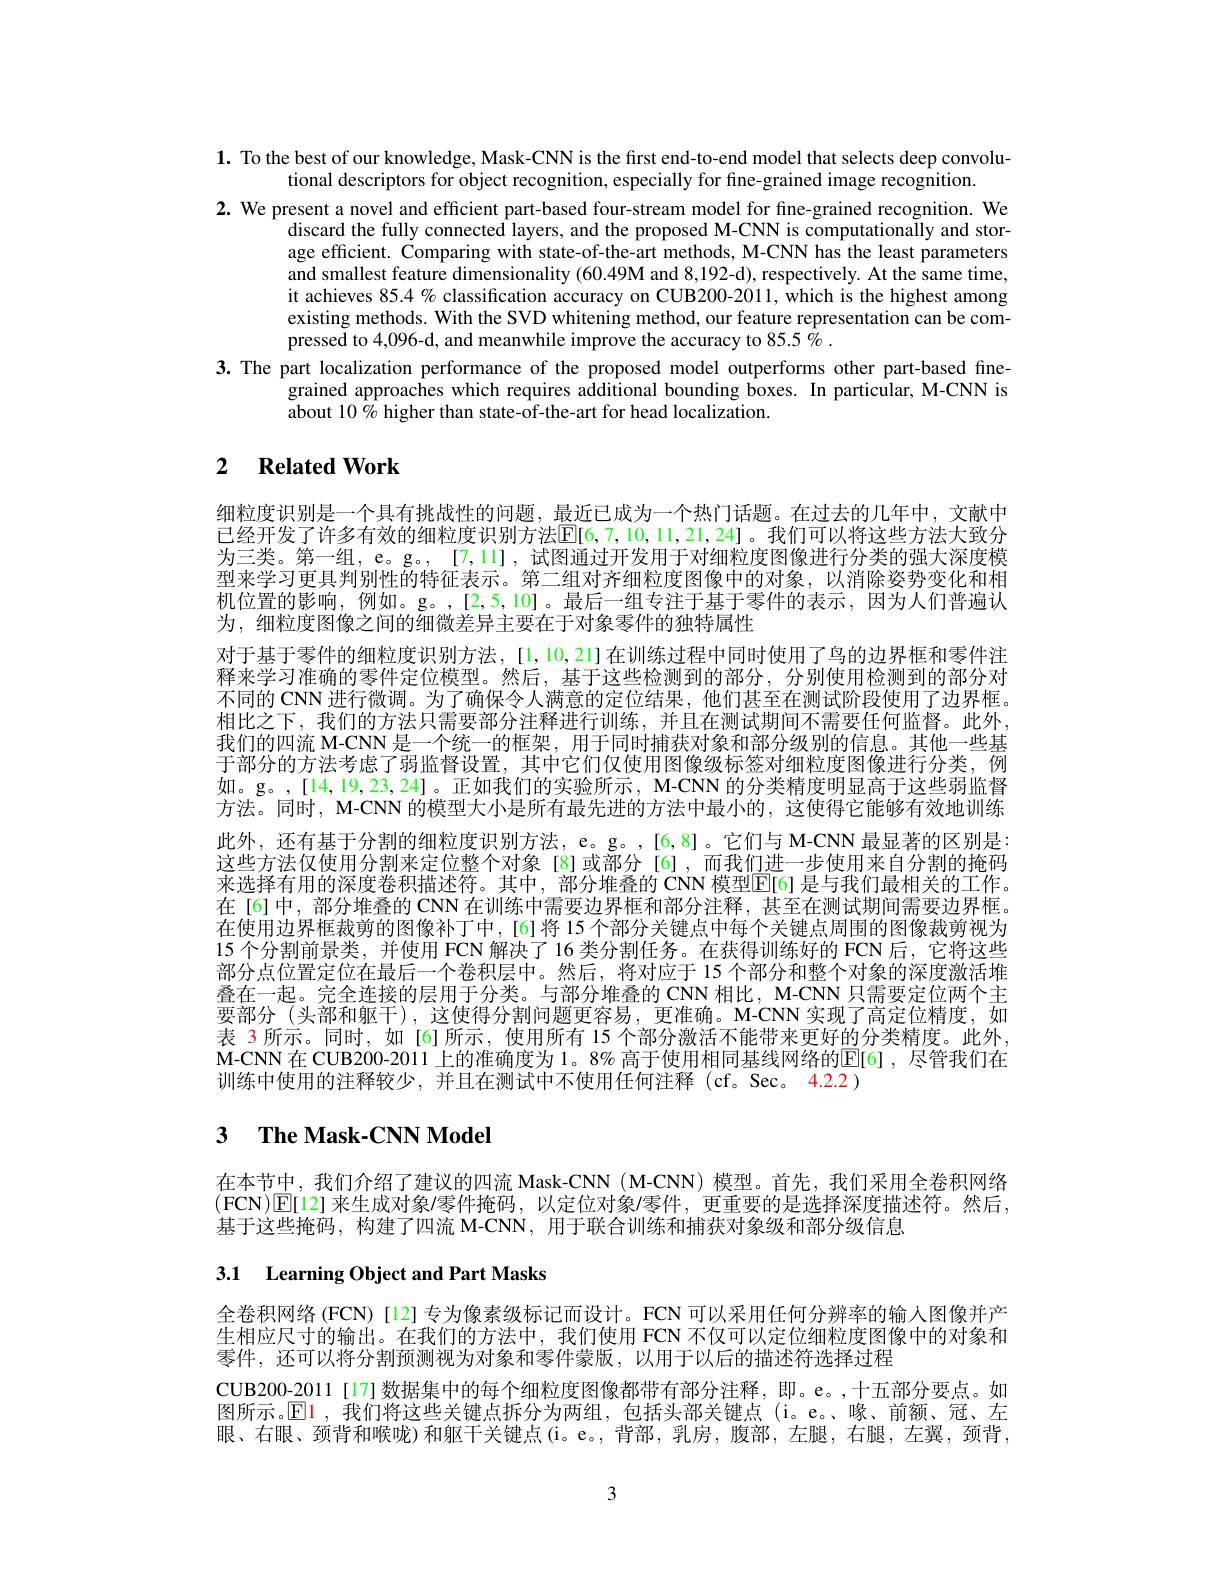
$\mathbf{1.}$ To the best of our knowledge, Mask-CNN is the first end-to-end model that selects deep convolu-
tional descriptors for object recognition, especially for fine-grained image recognition.
2. We present a novel and efficient part-based four-stream model for fine-grained recognition. We
discard the fully connected layers, and the proposed M-CNN is computationally and storage efficient. Comparing with state-of-the-art methods, M-CNN has the least parameters and smallest feature dimensionality (60.49M and 8,192-d), respectively. At the same time, it achieves $85.4\%$ classification accuracy on CUB200-2011, which is the highest among existing methods. With the SVD whitening method, our feature representation can be compressed to 4,096-d, and meanwhile improve the accuracy to 85.5 % .
3. The part localization performance of the proposed model outperforms other part-based fine-
grained approaches which requires additional bounding boxes. In particular, M-CNN is
about $10\%$ higher than state-of-the-art for head localization.

### 2 $\textbf{Related Work}$

细粒度识别是一个具有挑战性的问题，最近已成为一个热门话题。在过去的几年中，文献中已经开发了许多有效的细粒度识别方法$\mathbb{E}[6,7,10,11,21,24]$。我们可以将这些方法大致分为三类。第一组，e。g。, [7,11] , 试图通过开发用于对细粒度图像进行分类的强大深度模型来学习更具判别性的特征表示。第二组对齐细粒度图像中的对象，以消除姿势变化和相机位置的影响，例如。g。,[2,5,10]。最后一组专注于基于零件的表示，因为人们普遍认为，细粒度图像之间的细微差异主要在于对象零件的独特属性
对于基于零件的细粒度识别方法，[1,10,21]在训练过程中同时使用了鸟的边界框和零件注释来学习准确的零件定位模型。然后，基于这些检测到的部分，分别使用检测到的部分对不同的 CNN 进行微调。为了确保令人满意的定位结果，他们甚至在测试阶段使用了边界框。相比之下，我们的方法只需要部分注释进行训练，并且在测试期间不需要任何监督。此外我们的四流 M-CNN 是一个统一的框架，用于同时捕获对象和部分级别的信息。其他一些基于部分的方法考虑了弱监督设置，其中它们仅使用图像级标签对细粒度图像进行分类，例如。g。,[14,19,23,24]。正如我们的实验所示，M-CNN 的分类精度明显高于这些弱监督方法。同时，M-CNN 的模型大小是所有最先进的方法中最小的，这使得它能够有效地训练此外，还有基于分割的细粒度识别方法，e。g。,[6,8]。它们与 M-CNN 最显著的区别是： 这些方法仅使用分割来定位整个对象[8]或部分[6],而我们进一步使用来自分割的掩码来选择有用的深度卷积描述符。其中，部分堆叠的 CNN 模型$\boxed{\mathrm{E}}[6]$ 是与我们最相关的工作。在[6]中，部分堆叠的 CNN 在训练中需要边界框和部分注释，甚至在测试期间需要边界框。在使用边界框裁剪的图像补丁中，[6]将 15 个部分关键点中每个关键点周围的图像栽剪视为15 个分割前景类，并使用 FCN 解决了 16 类分割任务。在获得训练好的 FCN 后，它将这些部分点位置定位在最后一个卷积层中。然后，将对应于 15 个部分和整个对象的深度激活堆叠在一起。完全连接的层用于分类。与部分堆叠的 CNN 相比，M-CNN 只需要定位两个主要部分(头部和躯干),这使得分割问题更容易，更准确。M-CNN 实现了高定位精度，如表 3所示。同时，如[6]所示，使用所有 15 个部分激活不能带来更好的分类精度。此外， M-CNN 在 CUB200-2011 上的准确度为 1。8% 高于使用相同基线网络的E[ 6] , 尽管我们在训练中使用的注释较少，并且在测试中不使用任何注释(cf。Sec。4.2.2)

# 3 $\textbf{The Mask- CNN Model}$

在本节中，我们介绍了建议的四流 Mask-CNN (M-CNN) 模型。首先，我们采用全卷积网络(FCN)[E[12]来生成对象/零件掩码，以定位对象/零件，更重要的是选择深度描述符。然后， 基于这些掩码，构建了四流 M-CNN, 用于联合训练和捕获对象级和部分级信息

# 3.1 Learning Object and Part Masks

全卷积网络 (FCN)[12] 专为像素级标记而设计。FCN 可以采用任何分辨率的输人图像并产生相应尺寸的输出。在我们的方法中，我们使用 FCN 不仅可以定位细粒度图像中的对象和零件，还可以将分割预测视为对象和零件蒙版，以用于以后的描述符选择过程
CUB200-2011[17]数据集中的每个细粒度图像都带有部分注释，即。e。,十五部分要点。如图所示。$\operatorname{El}$,我们将这些关键点拆分为两组，包括头部关键点(i。e。、喙、前额、冠、左眼、右眼、颈背和喉咙)和躯干关键点(i。e。,背部，乳房，腹部，左腿，右腿，左翼，颈背，

3